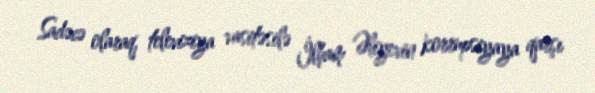
Sadəcə olaraq, televiziya vasitəsilə İlham Əliyevin korrupsiyaya qarşı